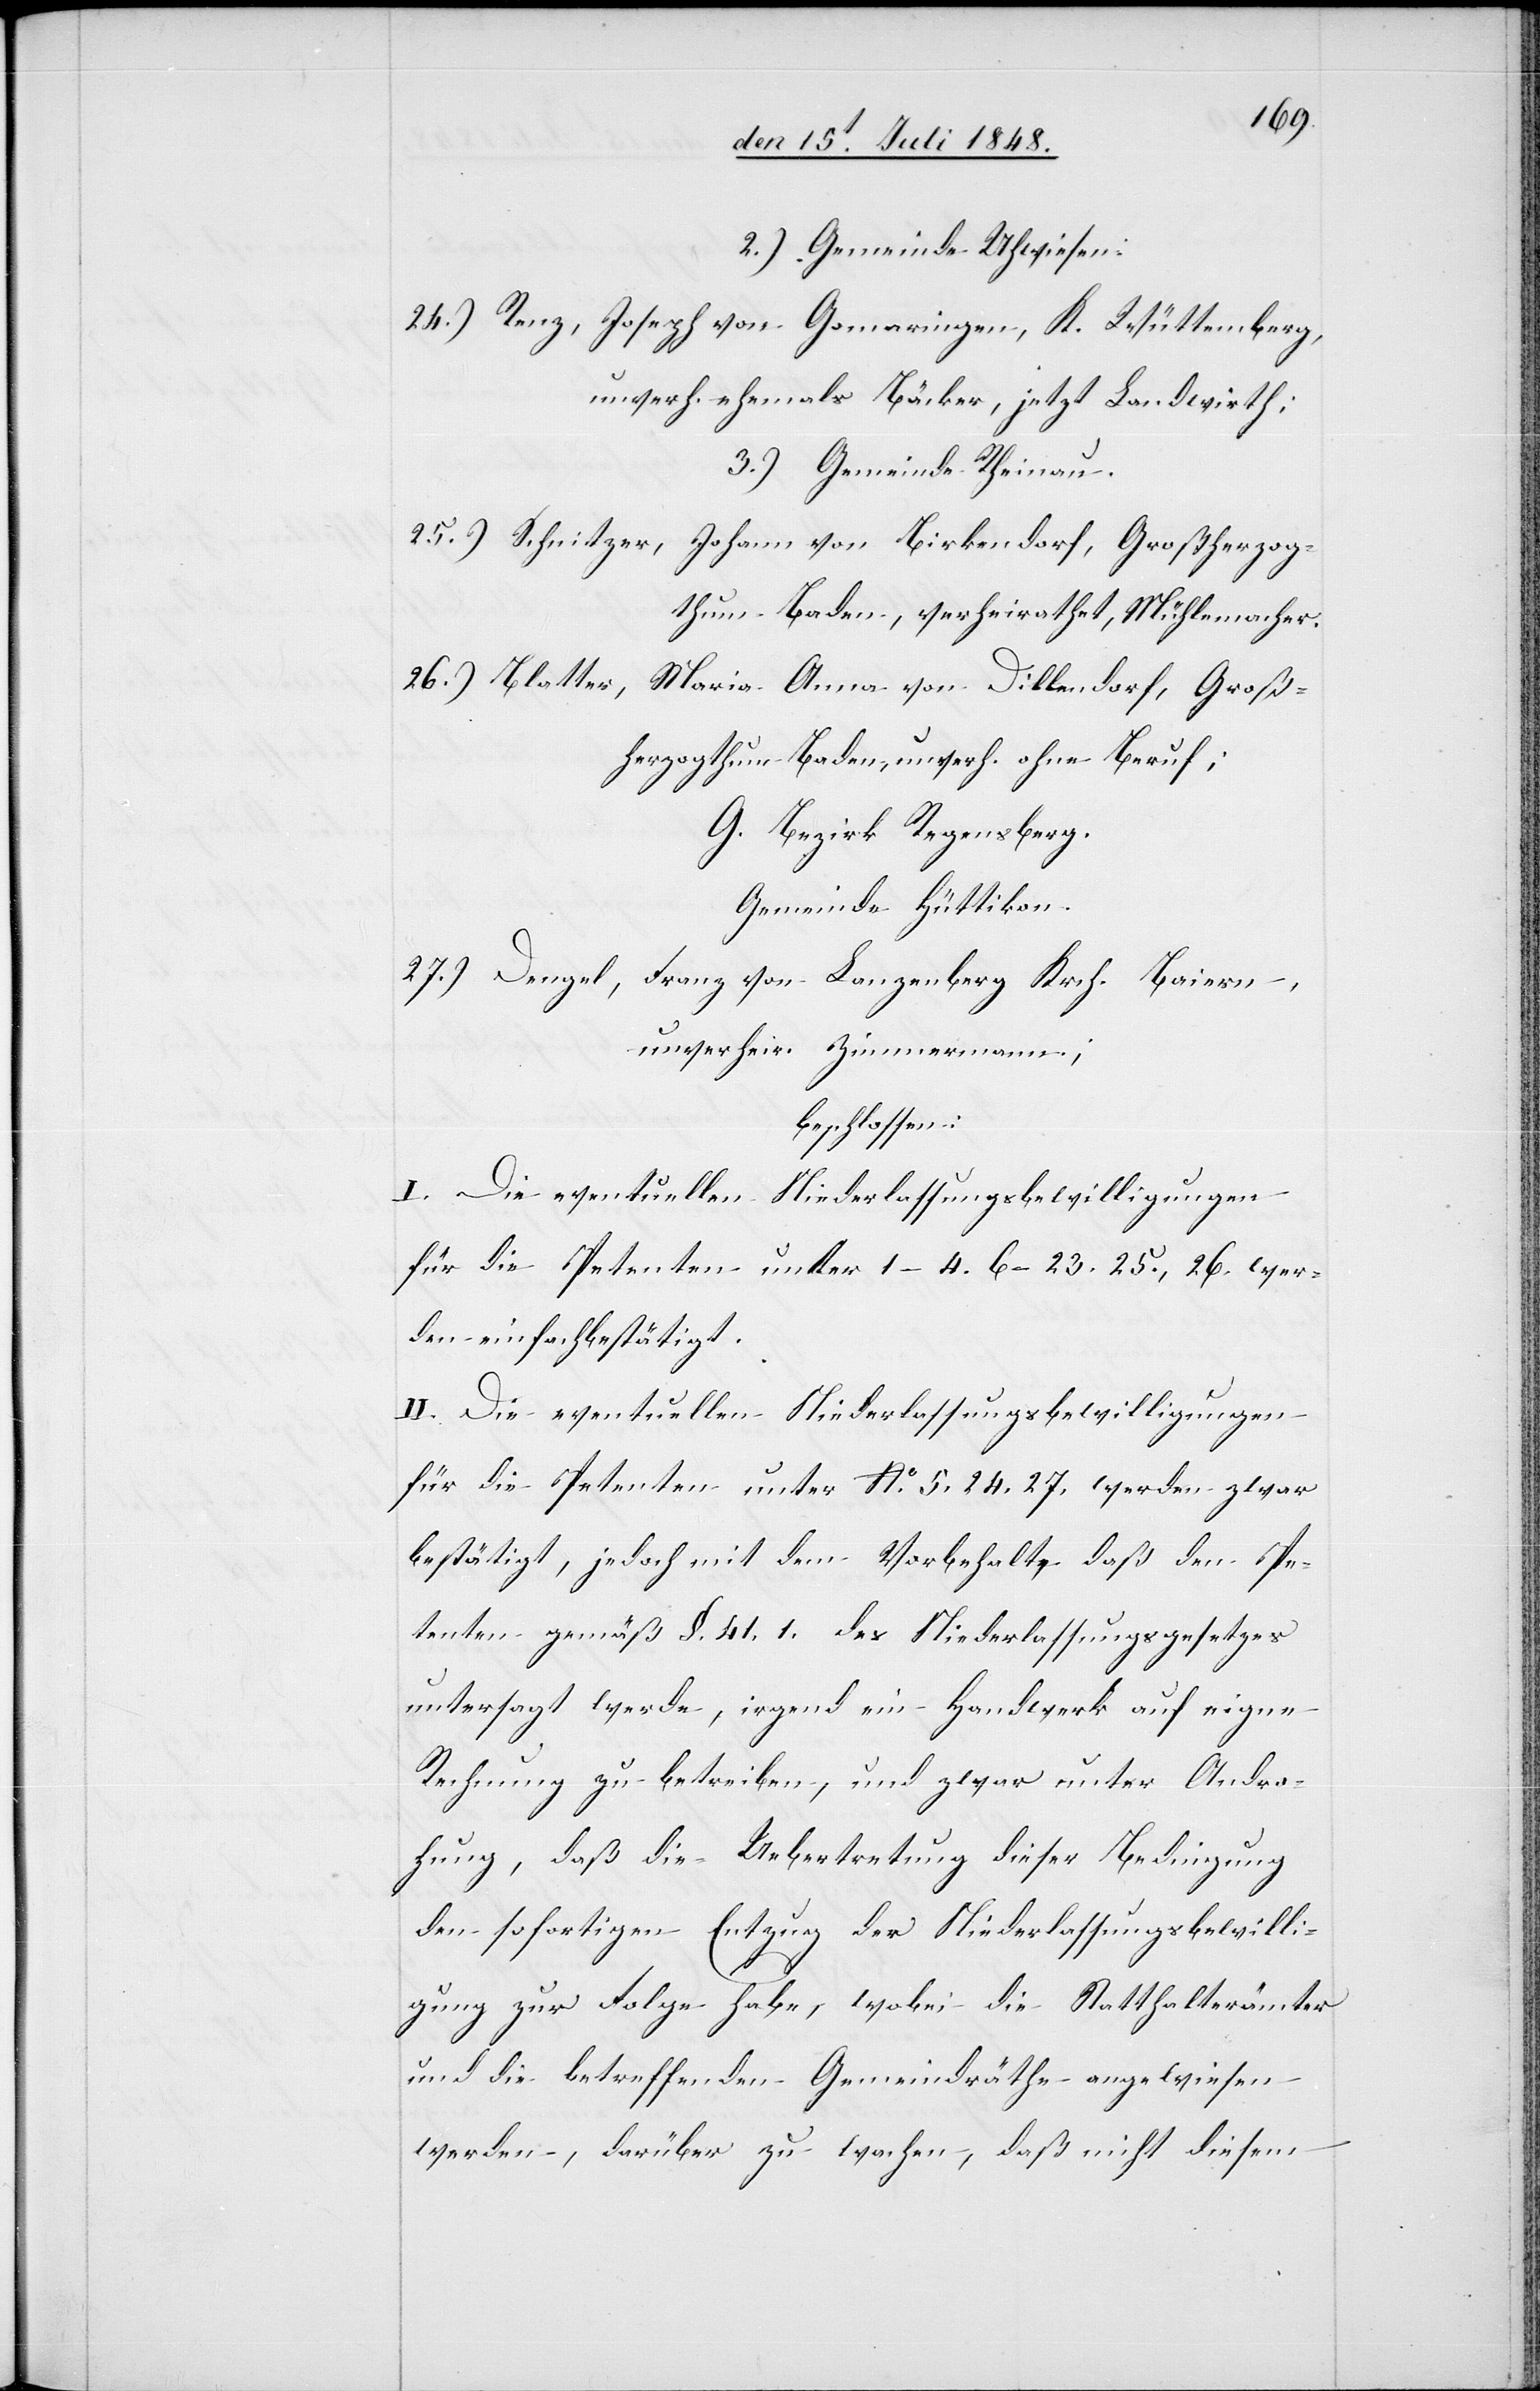
2.) Gemeinde Uhwiesen.
24.) Renz, Joseph von Gomaringen, K. Württemberg,
unverh. ehemals Bäcker, jetzt Landwirth;
3.) Gemeinde Rheinau.
25.) Schnitzer, Johann von Birkendorf, Großherzog¬
thum Baden, verheirathet, Mühlemacher.
26.) Blatter, Maria Anna von Dillendorf, Groß¬
herzogthum Bande, unverh. ohne Beruf.
G. Bezirk Regensberg.
Gemeinde Hüttikon.
27.) Dengel, Franz von Lenzenberg Krch. Baiern,
unverheir. Zimmermann.
beschlossen:
I. Die eventuellen Niederlassungsbewilligungen
für die Petenten unter 1–4 6–23. 25., 26. wer¬
den einfach bestätigt.
II. Die eventuellen Niederlassungsbewilligungen
für die Petenten unter No 5. 24. 27. werden zwar
bestätigt, jedoch mit dem Vorbehalte daß den Pe¬
tenten gemäß §. 41. 1. des Niederlassungsgesetzes
untersagt werde, irgend ein Handwerk auf eigne
Rechnung zu betreiben, und zwar unter Andro¬
hung, daß die Uebetretung dieser Bedingung
den sofortigen Entzug der Niederlassungsbewilli¬
gung zur Folge habe, wobei die Statthalterämter
und die betreffenden Gemeindräthe angewiesen
werden, darüber zu wachen, daß nicht diesem